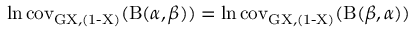
\ln \operatorname { c o v _ { G X , ( 1 - X ) } } ( \mathrm { B } ( \alpha , \beta ) ) = \ln \operatorname { c o v _ { G X , ( 1 - X ) } } ( \mathrm { B } ( \beta , \alpha ) )